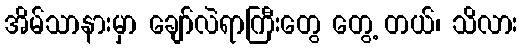
အိမ်သာနားမှာ ချော်လဲရာကြီးတွေ တွေ့ တယ်၊ သိလား